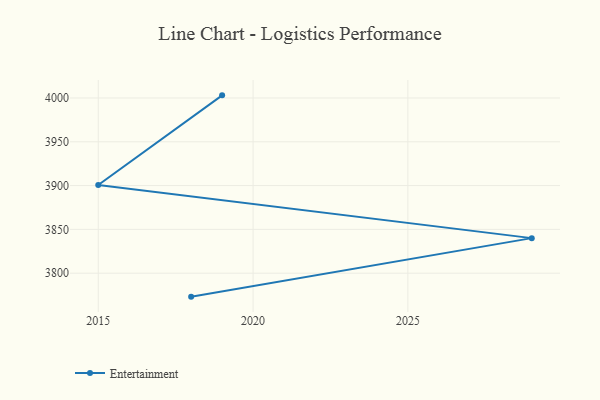
{"axis": {"x": "Year", "y": "Tickets Resolved"}, "legend": ["Entertainment"], "data": [{"x": "2019", "y": 4003.0, "type": "Entertainment"}, {"x": "2015", "y": 3900.6, "type": "Entertainment"}, {"x": "2029", "y": 3840.0, "type": "Entertainment"}, {"x": "2018", "y": 3773.2, "type": "Entertainment"}]}